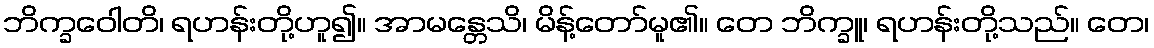
ဘိက္ခဝေါတိ၊ ရဟန်းတို့ဟူ၍။ အာမန္တေသိ၊ မိန့်တော်မူ၏။ တေ ဘိက္ခူ၊ ရဟန်းတို့သည်။ တေ၊